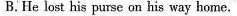
B. He lost his purse on his way home.